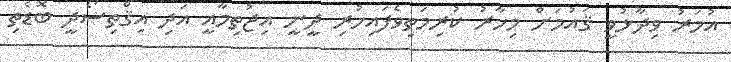
އުމަރު ވިދާޅުވީ ޤައުމަށް މިހާރު ކުރިމަތިވެފައިހުރި ދީނީ އިޖުތިމާއީ އަދި އިޤްތިސޯދީ ބޮޑެތި